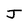
Character: J